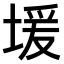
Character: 𫮊